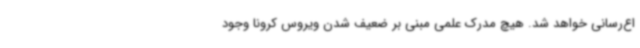
اع‌رسانی خواهد شد. هیچ مدرک علمی مبنی بر ضعیف شدن ویروس کرونا وجود